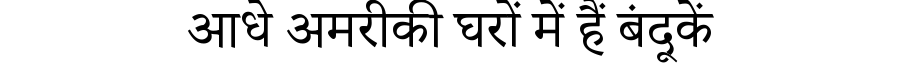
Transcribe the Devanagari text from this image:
आधे अमरीकी घरों में हैं बंदूकें